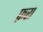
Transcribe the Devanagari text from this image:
फ़रा